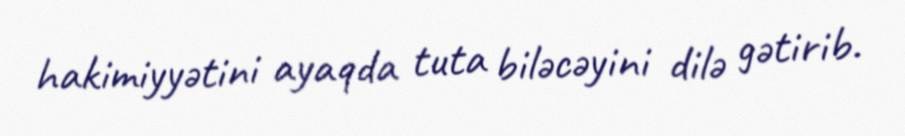
hakimiyyətini ayaqda tuta biləcəyini dilə gətirib.